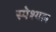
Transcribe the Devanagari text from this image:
स्पेश्यल